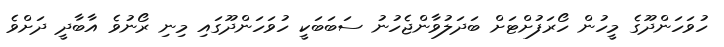
ހުވަހަންދޫގެ މީހުން ހޯރަފުށްޓަށް ބަދަލުވާންޖެހުނު ސަބަބަކީ ހުވަހަންދޫގައި މިނި ރޯނުވެ އާބާދީ ދަށްވެ